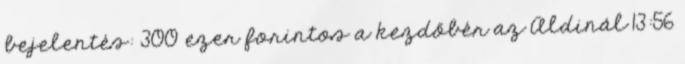
bejelentés: 300 ezer forintos a kezdőbér az Aldinál 13:56